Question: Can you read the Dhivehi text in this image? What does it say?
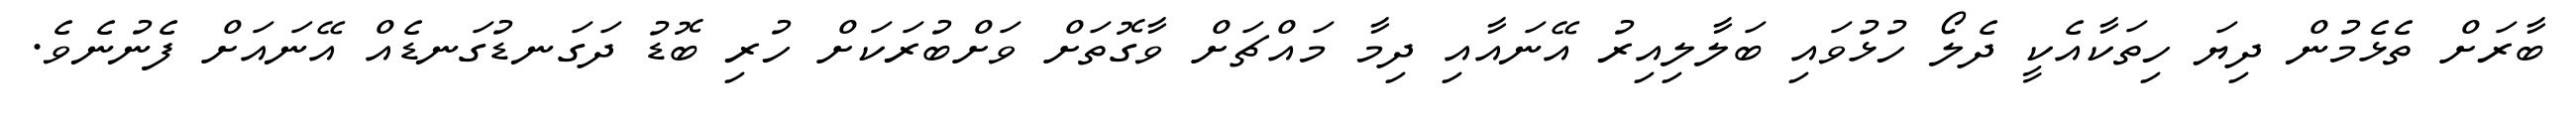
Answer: ބާރަށް ތެޅެމުން ދިޔަ ހިތަކާއެކީ ދެލޯ ހުޅުވައި ބަލާލިއިރު އޭނައާއި ދިމާ މައްޗަށް ވާގޮތަށް ވަށްބުރަކަށް ހުރި ބޮޑު ދަގަނޑުގަނޑެއް އޭނައަށް ފެނުނެވެ.